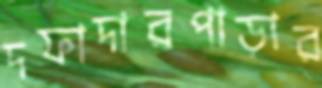
দফাদারপাড়ার